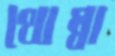
থোম্বা